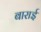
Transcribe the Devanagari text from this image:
बाराई